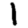
Digit: 1